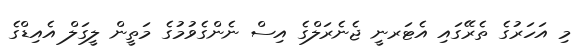
މި އަހަރުގެ ތެރޭގައި އެޓަރނީ ޖެނެރަލްގެ އިސް ނެންގެވުމުގެ މަތީން ލީގަލް އެއިޑްގެ